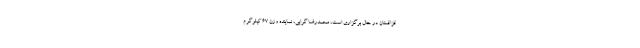
قزاقستان در حال برگزاری است، محمدرضا گرایی، نماینده وزن ۶۷ کیلوگرم